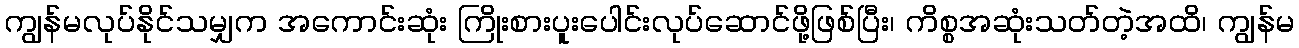
ကျွန်မလုပ်နိုင်သမျှက အကောင်းဆုံး ကြိုးစားပူးပေါင်းလုပ်ဆောင်ဖို့ဖြစ်ပြီး၊ ကိစ္စအဆုံးသတ်တဲ့အထိ၊ ကျွန်မ